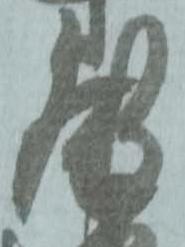
殿